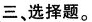
三、选择题。